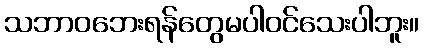
သဘာဝဘေးရန်တွေမပါဝင်သေးပါဘူး။